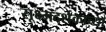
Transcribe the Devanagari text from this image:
सूक्ष्मदर्शकाच्या